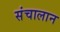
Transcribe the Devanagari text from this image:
संचालान